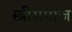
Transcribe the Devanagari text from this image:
स्त्रीसमाज